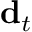
{ \bf d } _ { t }